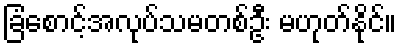
ခြံစောင့်အလုပ်သမတစ်ဦး မဟုတ်နိုင်။